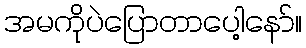
အမကိုပဲပြောတာပေါ့နော်။